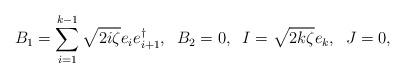
LaTeX: \begin{align*}B_1=\sum_{i=1}^{k-1}\sqrt{2i\zeta}e_ie_{i+1}^{\dag},\;\; B_2=0,\;\;I=\sqrt{2k\zeta}e_k,\;\;J=0,\end{align*}